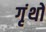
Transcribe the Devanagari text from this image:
गृंथो